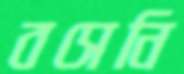
বসেনি